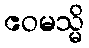
ဧဝမသ္မိ